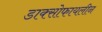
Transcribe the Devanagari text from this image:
डाक्सोफायलीन